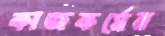
কাজকর্মের